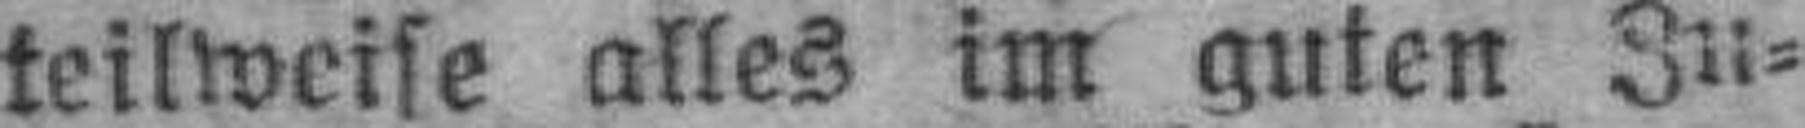
teilweise alles im guten Zu¬